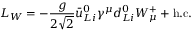
{ \cal L } _ { W } = - \frac { g } { 2 \sqrt 2 } \bar { u } _ { L i } ^ { 0 } \gamma ^ { \mu } d _ { L i } ^ { 0 } W _ { \mu } ^ { + } + \mathrm { h . c . }